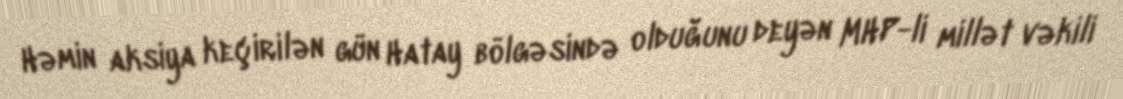
Həmin aksiya keçirilən gün Hatay bölgəsində olduğunu deyən MHP-li millət vəkili